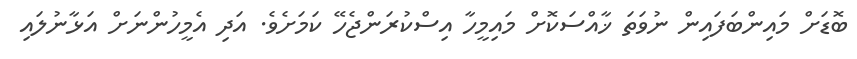
ބޮޑަށް މައިންބަފައިން ނުވަތަ ޚާއްސަކޮށް މައިމީހާ އިސްކުރަންޖެހޭ ކަމަށެވެ. އަދި އެމީހުންނަށް އަޅާނުލައި